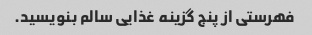
فهرستی از پنج گزینه غذایی سالم بنویسید.